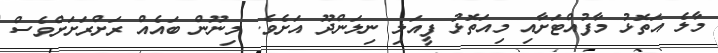
މާލެ އަތޮޅު މާފުއްޓަށާއި މިއަތޮޅު ފީއަލި ނިލަންދޫ އަށެވެ. މިނޫން ބައެއް ރަށްރަށަށްވެސް